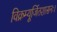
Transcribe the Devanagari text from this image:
विक्रम्यूर्जितशासनः।